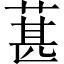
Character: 葚